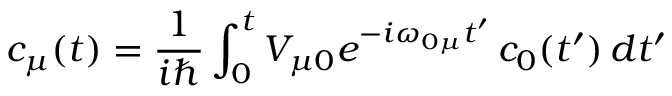
c _ { \mu } ( t ) = \frac { 1 } { i \hbar } \int _ { 0 } ^ { t } V _ { \mu 0 } e ^ { - i \omega _ { 0 \mu } t ^ { \prime } } \, c _ { 0 } ( t ^ { \prime } ) \, d t ^ { \prime }